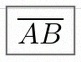
\overline{AB}